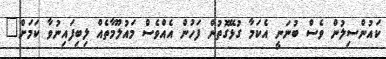
ކައުންސިލުން ވެސް ބުނަނީ އެކަމާ ގުޅޭގޮތުން ފަހުން އެއްވެސް މައުލޫމާތެއް ލިބިފައިނުވާ ކަމަށް"